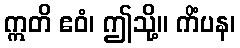
ဣတိ ဧဝံ၊ ဤသို့။ ကိံပန၊